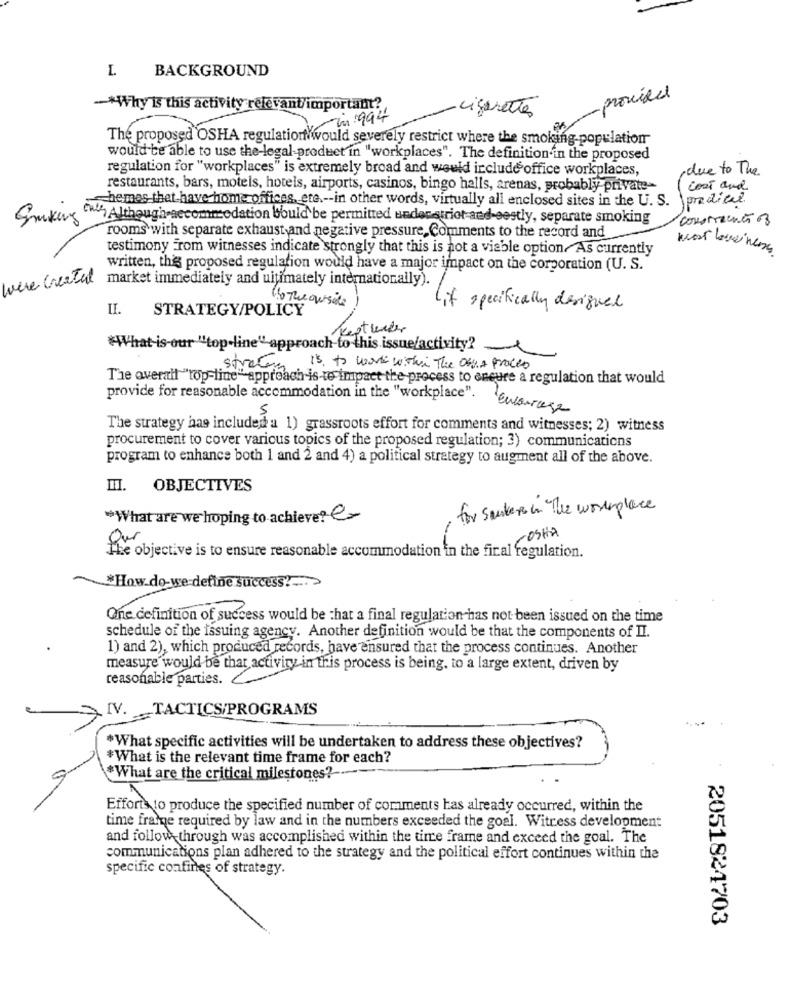
BACKGROUND
L
provide
-* Why is this activity relevant/important?
cigarettes
-in 1994
The proposed OSHA regulation would severely restrict where the smoking population
would be able to use the-legal-product in "workplaces". The definition in the proposed
regulation for "workplaces" is extremely broad and would include office workplaces,
,due to The.
restaurants, bars, motels, hotels, airports, casinos, bingo halls, arenas, probably private-
cost and
-chemas that have home offices, ete .-- in other words, virtually all enclosed sites in the U. S.
predicel
Grunting (with Although-accommodation Would be permitted understrict and-costly, separate smoking
consomecute 3
rooms with separate exhaust and negative pressure, Comments to the record and
testimony From witnesses indicate strongly that this is not a viable option.As currently
written, thie proposed regulation would have a major impact on the corporation (U. S.
were Created market immediately and ultimately internationally).
II.
STRATEGY/POLICY
to Theoutside
Lit specifically designed
Keptwier
"What is our "top-line" approach to this issue/activity? _
strac
is. to work with The Osy& Proces
The overall "top-line" approach is-te impact the process to eneure a regulation that would
provide for reasonable accommodation in the "workplace".
Encourage
The strategy has included a 1) grassroots effort for comments and witnesses; 2) witness
procurement to cover various topics of the proposed regulation; 3) communications
program to enhance both 1 and 2 and 4) a political strategy to augment all of the above.
III. OBJECTIVES
for sauter in The workplace
What are we hoping to achieve ?
JOSHA
The objective is to ensure reasonable accommodation in the final regulation.
*How do we define success ?- >
One definition of success would be that a final regulation has not been issued on the time
schedule of the issuing agency. Another definition would be that the components of II.
1) and 2), which produced records, have ensured that the process continues. Another
measure would be that activity in this process is being, to a large extent, driven by
reasonable parties.
IV. TACTICS/PROGRAMS
*What specific activities will be undertaken to address these objectives?
*What is the relevant time frame for each?
*What are the critical milestones?
Efforts to produce the specified number of comments has already occurred, within the
time frame required by law and in the numbers exceeded the goal. Witress development
and follow through was accomplished within the time frame and exceed the goal. The
communications plan adhered to the strategy and the political effort continues within the
specific confines of strategy.
2051824703